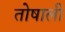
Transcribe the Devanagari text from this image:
तोषाली